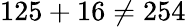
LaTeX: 125+16\neq 254